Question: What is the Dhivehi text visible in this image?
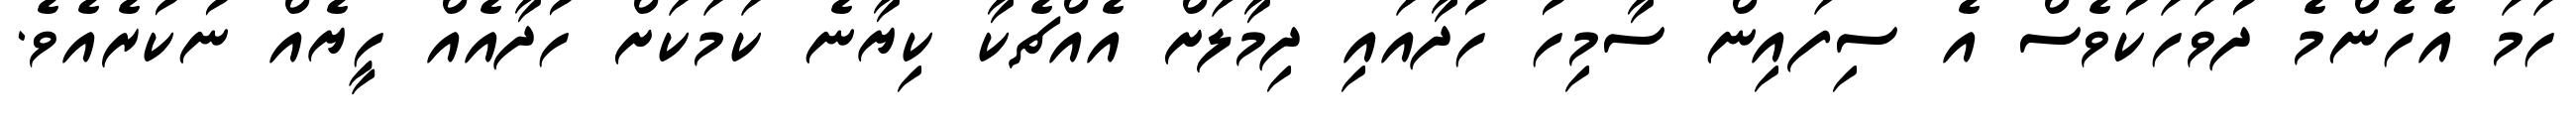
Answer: ހަމަ އެހެންމެ ދުވަހަކުވެސް އެ ސިފައިން ސާމިހު ހުދާއައި ދިމާލަށް އެއްޗެކާ ކިޔާނެ ކަމަކަށް ހުދާއެއް ހީޔެއް ނުކުރެއެވެ.